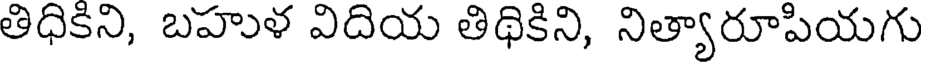
తిధికిని, బహుళ విదియ తిథికిని, నిత్యారూపియగు